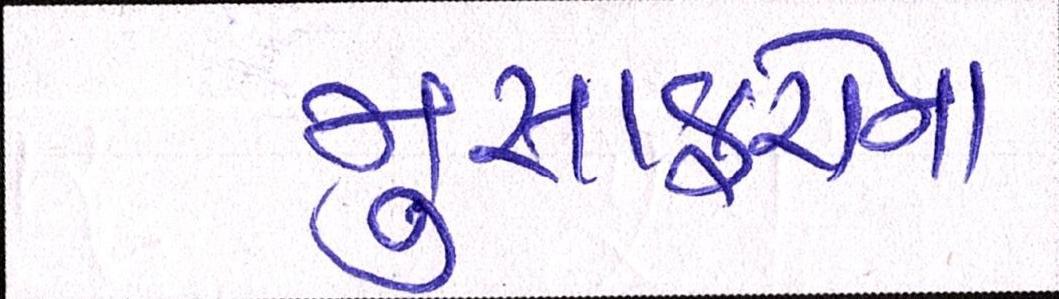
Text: મુસાફરોના